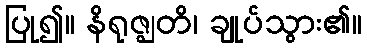
ပြု၍။ နိရုဇ္ဈတိ၊ ချုပ်သွား၏။